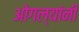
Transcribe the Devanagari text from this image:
ओगल्यांनी